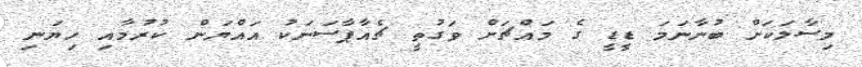
މިސާލަކަށް ބުނާނަމަ ޑީޑީ ގެ މައްޗަށް ވަގުތީ ޗެއާޕާސަނަކު އައްޔަން ކުރުމާއި ހިޔަނި